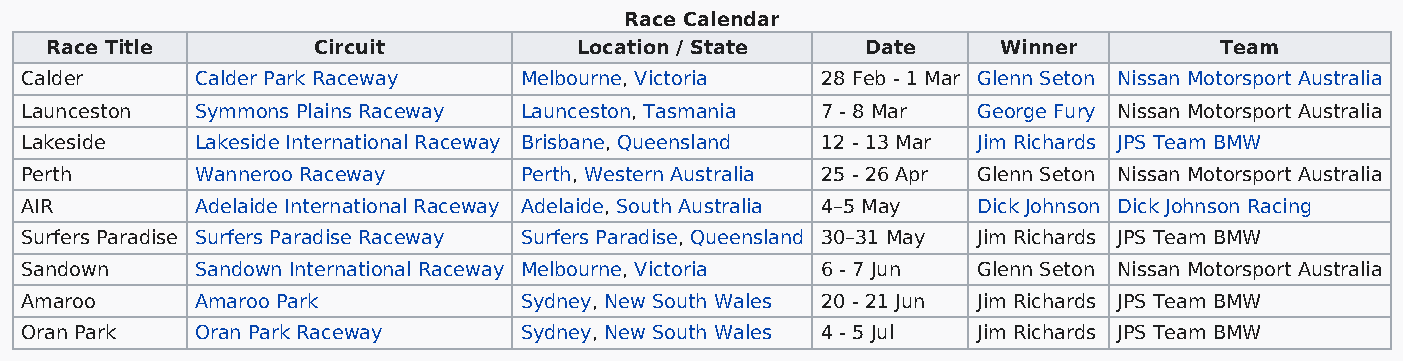
Race Calendar
 Race Title        Circuit          Location / State   Date     Winner         Team
 Calder      Calder Park Raceway  Melbourne, Victoria 28 Feb - 1 Mar Glenn Seton Nissan Motorsport Australia
 Launceston  Symmons Plains Raceway Launceston, Tasmania 7 - 8 Mar George Fury Nissan Motorsport Australia
 Lakeside    Lakeside International Raceway Brisbane, Queensland 12 - 13 Mar Jim Richards JPS Team BMW
 Perth       Wanneroo Raceway     Perth, Western Australia 25 - 26 Apr Glenn Seton Nissan Motorsport Australia
 AIR         Adelaide International Raceway Adelaide, South Australia 4–5 May Dick Johnson Dick Johnson Racing
 Surfers Paradise Surfers Paradise Raceway Surfers Paradise, Queensland 30–31 May Jim Richards JPS Team BMW
 Sandown     Sandown International Raceway Melbourne, Victoria 6 - 7 Jun Glenn Seton Nissan Motorsport Australia
 Amaroo      Amaroo Park          Sydney, New South Wales 20 - 21 Jun Jim Richards JPS Team BMW
 Oran Park   Oran Park Raceway    Sydney, New South Wales 4 - 5 Jul Jim Richards JPS Team BMW